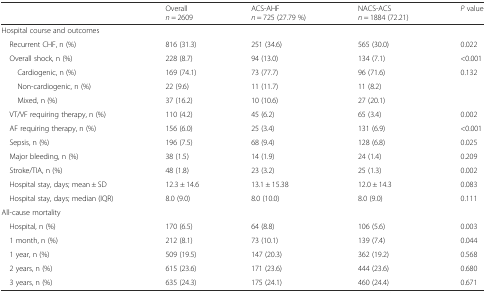
|  | Overalln = 2609 | ACS-AHFn = 725 (27.79 %) | NACS-ACSn = 1884 (72.21) | P value |
 | --- | --- | --- | --- | --- |
 | <COLSPAN=5> Hospital course and outcomes |
 | Recurrent CHF, n (%) | 816 (31.3) | 251 (34.6) | 565 (30.0) | 0.022 |
 | Overall shock, n (%) | 228 (8.7) | 94 (13.0) | 134 (7.1) | <0.001 |
 | Cardiogenic, n (%) | 169 (74.1) | 73 (77.7) | 96 (71.6) | <ROWSPAN=3> 0.132 |
 | Non-cardiogenic, n (%) | 22 (9.6) | 11 (11.7) | 11 (8.2) |
 | Mixed, n (%) | 37 (16.2) | 10 (10.6) | 27 (20.1) |
 | VT/VF requiring therapy, n (%) | 110 (4.2) | 45 (6.2) | 65 (3.4) | 0.002 |
 | AF requiring therapy, n (%) | 156 (6.0) | 25 (3.4) | 131 (6.9) | <0.001 |
 | Sepsis, n (%) | 196 (7.5) | 68 (9.4) | 128 (6.8) | 0.025 |
 | Major bleeding, n (%) | 38 (1.5) | 14 (1.9) | 24 (1.4) | 0.209 |
 | Stroke/TIA, n (%) | 48 (1.8) | 23 (3.2) | 25 (1.3) | 0.002 |
 | Hospital stay, days; mean ± SD | 12.3 ± 14.6 | 13.1 ± 15.38 | 12.0 ± 14.3 | 0.083 |
 | Hospital stay, days; median (IQR) | 8.0 (9.0) | 8.0 (10.0) | 8.0 (9.0) | 0.111 |
 | <COLSPAN=5> All-cause mortality |
 | Hospital, n (%) | 170 (6.5) | 64 (8.8) | 106 (5.6) | 0.003 |
 | 1 month, n (%) | 212 (8.1) | 73 (10.1) | 139 (7.4) | 0.044 |
 | 1 year, n (%) | 509 (19.5) | 147 (20.3) | 362 (19.2) | 0.568 |
 | 2 years, n (%) | 615 (23.6) | 171 (23.6) | 444 (23.6) | 0.680 |
 | 3 years, n (%) | 635 (24.3) | 175 (24.1) | 460 (24.4) | 0.671 |